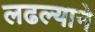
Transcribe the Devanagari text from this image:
लढल्याने